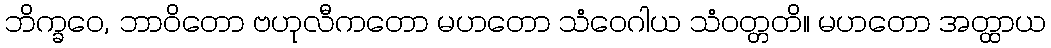
ဘိက္ခဝေ, ဘာဝိတော ဗဟုလီကတော မဟတော သံဝေဂါယ သံဝတ္တတိ။ မဟတော အတ္ထာယ